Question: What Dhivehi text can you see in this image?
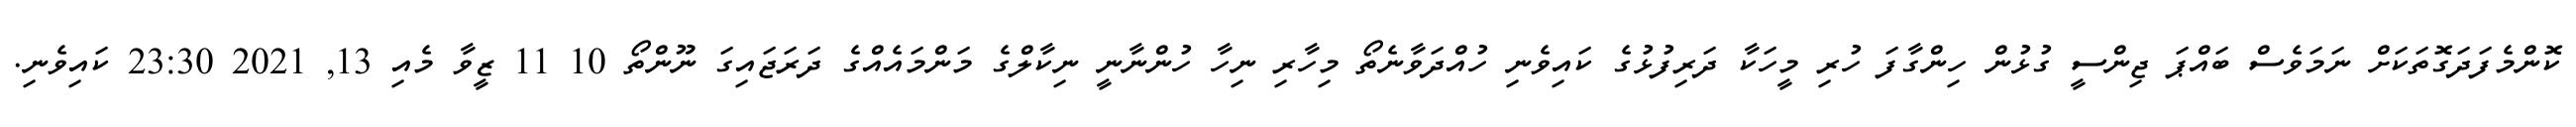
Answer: ކޮންމެފަދަގޮތަކަށް ނަމަވެސް ބައްޕަ ޖިންސީ ގުޅުން ހިންގާފަ ހުރި މީހަކާ ދަރިފުޅުގެ ކައިވެނި ހުއްދަވާނެތޯ މިހާރި ނިހާ ހުންނާނީ ނިކާލްގެ މަންމައެއްގެ ދަރަޖައިގަ ނޫންތޯ 10 11 ޒީވާ މެއި 13, 2021 23:30 ކައިވެނި.